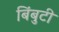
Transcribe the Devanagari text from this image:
बिंबुटी